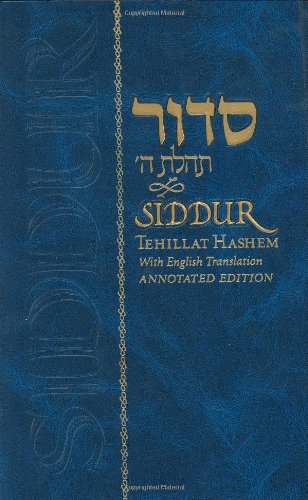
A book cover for Siddur Tehillat Hashem: With Annotated English Translation; Rabbi Schneur Zalman of Liadi; Religion & Spirituality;